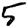
Digit: 5